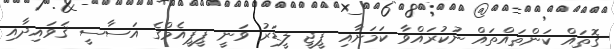
ގޮތައް ކަންތައްތައް ނުކުރައްވާ ކަމަށާއި ޕީޖީ ލީޑަރު ވަނީ ޕީޕީއެމްގެ އަސާސީ ޤަވައިދާއި